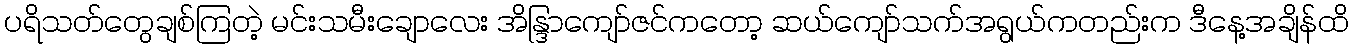
ပရိသတ်တွေချစ်ကြတဲ့ မင်းသမီးချောလေး အိန္ဒြာကျော်ဇင်ကတော့ ဆယ်ကျော်သက်အရွယ်ကတည်းက ဒီနေ့အချိန်ထိ